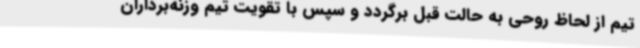
تیم از لحاظ روحی به حالت قبل برگردد و سپس با تقویت تیم وزنه‌برداران